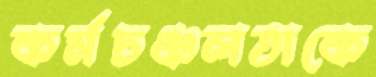
কর্মচঞ্চলতাকে